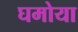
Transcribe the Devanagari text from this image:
घमोया